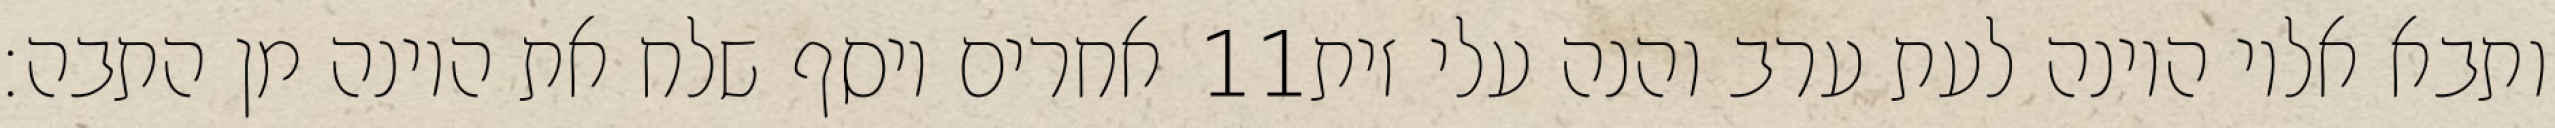
אחרים ויסף שלח את היונה מן התבה׃ ‎11‏ ותבא אליו היונה לעת ערב והנה עלי זית